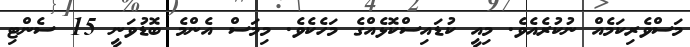
މަސްވެރިކަމެއް ނުކުރެއެވެ. މިއީ ކުޑައިސްކޮޅެއްގެ މަހެކެވެ. މިމަސް އެންމެ ބޮޑުވަނީ 15 ސެންޓި